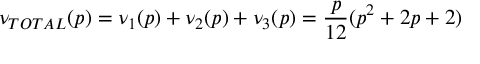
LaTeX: \nu _ { T O T A L } ( p ) = \nu _ { 1 } ( p ) + \nu _ { 2 } ( p ) + \nu _ { 3 } ( p ) = \frac { p } { 1 2 } ( p ^ { 2 } + 2 p + 2 )